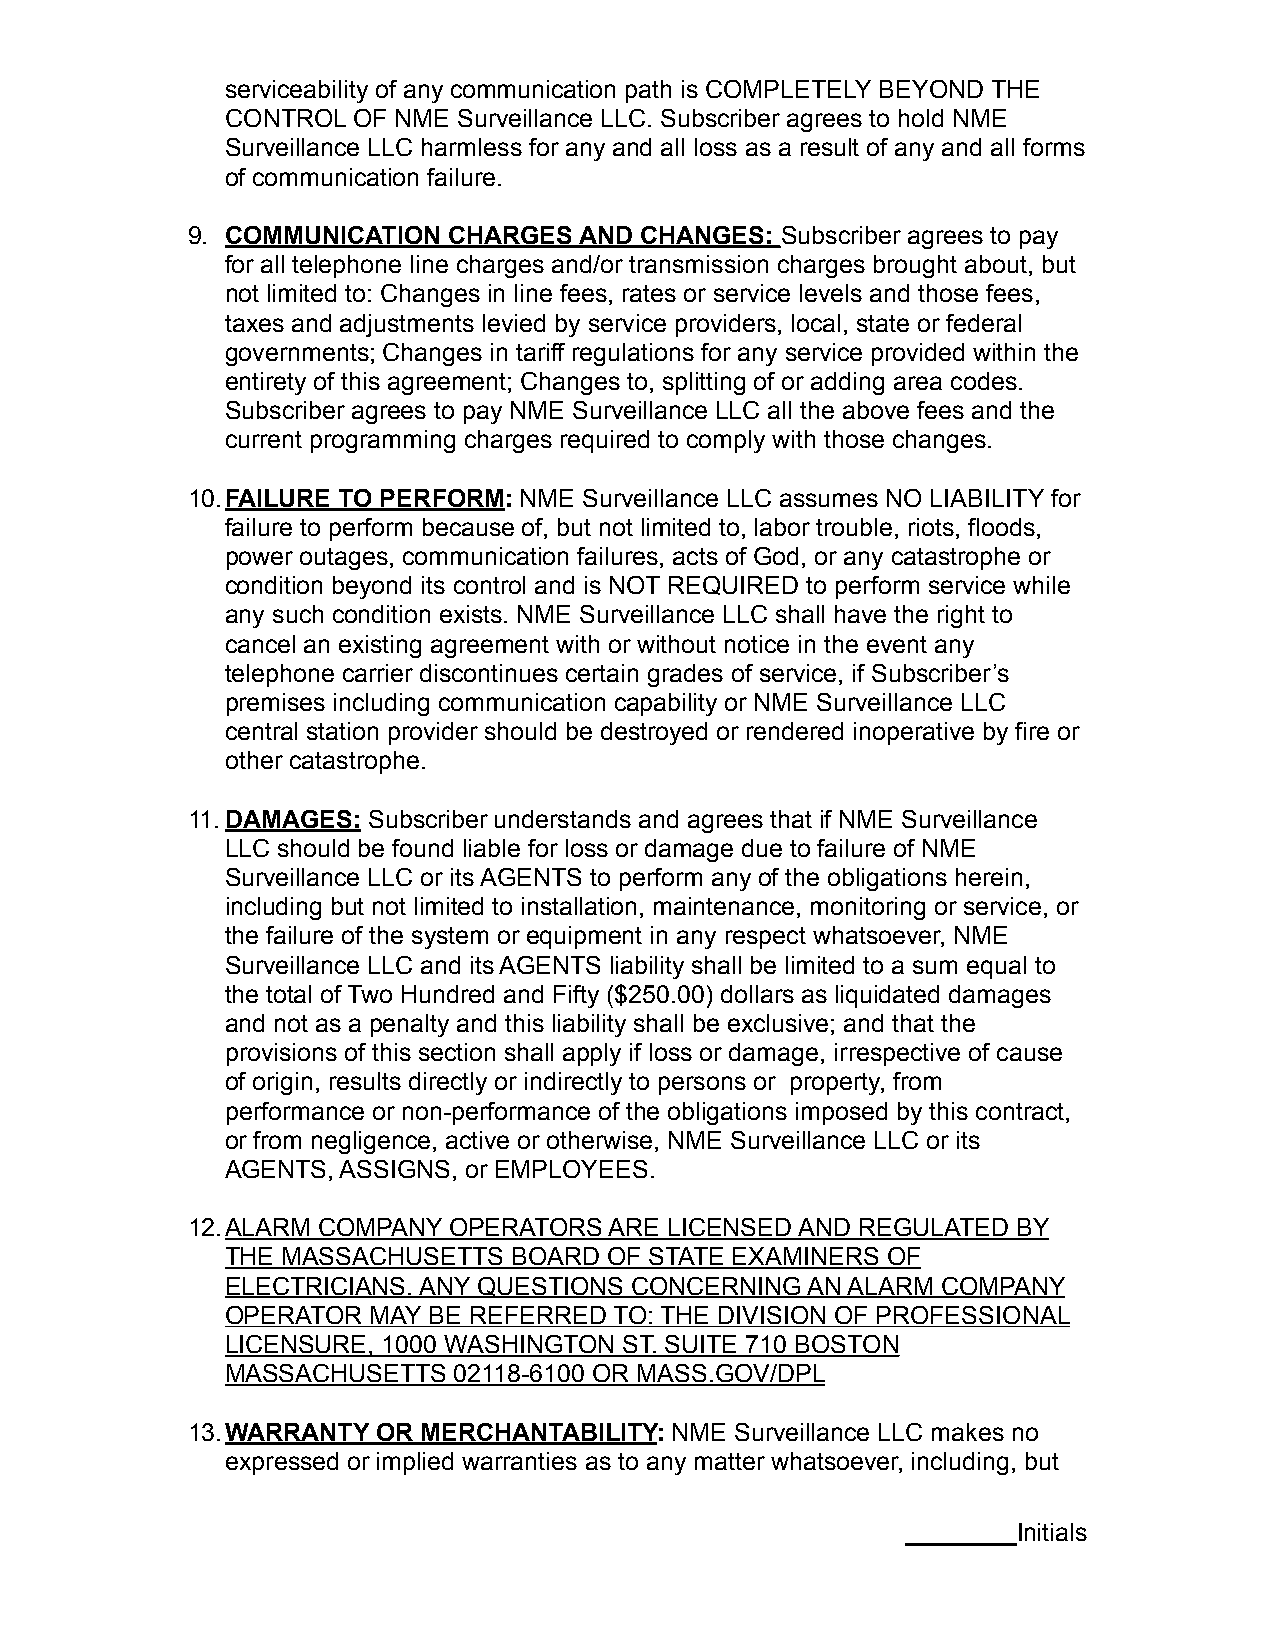
serviceability of any communication path is COMPLETELY BEYOND THE
 CONTROL OF NME Surveillance LLC. Subscriber agrees to hold NME
 Surveillance LLC harmless for any and all loss as a result of any and all forms
 of communication failure.
 9. COMMUNICATION  CHARGES AND CHANGES:  Subscriber agrees to pay
 for all telephone line charges and/or transmission charges brought about, but
 not limited to: Changes in line fees, rates or service levels and those fees,
 taxes and adjustments levied by service providers, local, state or federal
 governments; Changes in tariff regulations for any service provided within the
 entirety of this agreement; Changes to, splitting of or adding area codes.
 Subscriber agrees to pay NME Surveillance LLC all the above fees and the
 current programming charges required to comply with those changes.
 10.FAILURE TO PERFORM: NME Surveillance LLC assumes NO LIABILITY for
 failure to perform because of, but not limited to, labor trouble, riots, floods,
 power outages, communication failures, acts of God, or any catastrophe or
 condition beyond its control and is NOT REQUIRED to perform service while
 any such condition exists. NME Surveillance LLC shall have the right to
 cancel an existing agreement with or without notice in the event any
 telephone carrier discontinues certain grades of service, if Subscriber’s
 premises including communication capability or NME Surveillance LLC
 central station provider should be destroyed or rendered inoperative by fire or
 other catastrophe.
 11.DAMAGES: Subscriber understands and agrees that if NME Surveillance
 LLC should be found liable for loss or damage due to failure of NME
 Surveillance LLC or its AGENTS to perform any of the obligations herein,
 including but not limited to installation, maintenance, monitoring or service, or
 the failure of the system or equipment in any respect whatsoever, NME
 Surveillance LLC and its AGENTS liability shall be limited to a sum equal to
 the total of Two Hundred and Fifty ($250.00) dollars as liquidated damages
 and not as a penalty and this liability shall be exclusive; and that the
 provisions of this section shall apply if loss or damage, irrespective of cause
 of origin, results directly or indirectly to persons or property, from
 performance or non-performance of the obligations imposed by this contract,
 or from negligence, active or otherwise, NME Surveillance LLC or its
 AGENTS, ASSIGNS, or EMPLOYEES.
 12.ALARM COMPANY  OPERATORS ARE LICENSED AND REGULATED BY
 THE MASSACHUSETTS  BOARD OF STATE EXAMINERS OF
 ELECTRICIANS. ANY QUESTIONS CONCERNING AN ALARM COMPANY
 OPERATOR MAY BE REFERRED  TO: THE DIVISION OF PROFESSIONAL
 LICENSURE, 1000 WASHINGTON ST. SUITE 710 BOSTON
 MASSACHUSETTS  02118-6100 OR MASS.GOV/DPL
 13.WARRANTY  OR MERCHANTABILITY: NME Surveillance LLC makes no
 expressed or implied warranties as to any matter whatsoever, including, but
 ________Initials